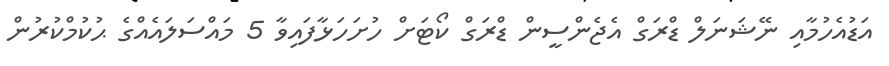
އަޑުއެހުމާއި ނޭޝަނަލް ޑްރަގް އެޖެންސީން ޑްރަގް ކޯޓަށް ހުށަހަޅާފައިވާ 5 މައްސަލައެއްގެ ޙުކުމްކުރުން